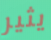
يثير